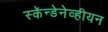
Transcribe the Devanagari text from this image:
स्कॅन्डेनेव्हीयन